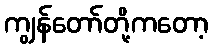
ကျွန်တော်တို့ကတော့